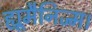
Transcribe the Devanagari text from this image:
ह्यूमैनिज्म।